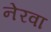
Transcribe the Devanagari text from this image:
नेरवा